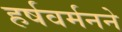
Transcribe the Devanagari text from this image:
हर्षवर्मनने